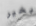
بخير